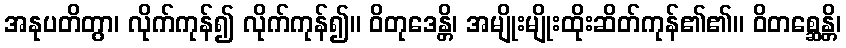
အနုပတိတွာ၊ လိုက်ကုန်၍ လိုက်ကုန်၍။ ဝိတုဒေန္တိ၊ အမျိုးမျိုးထိုးဆိတ်ကုန်၏၏။ ဝိတစ္ဆေန္တိ၊